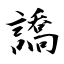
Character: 譑